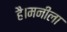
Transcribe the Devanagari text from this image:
है।मनीला